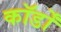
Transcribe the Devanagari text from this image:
कॉर्डों